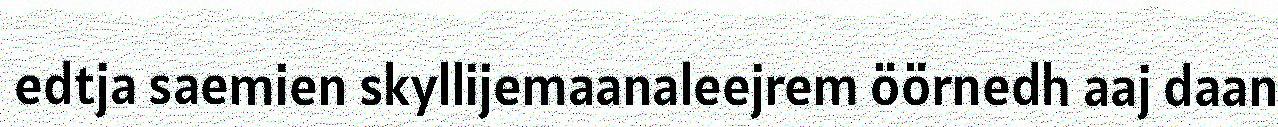
edtja saemien skyllijemaanaleejrem öörnedh aaj daan